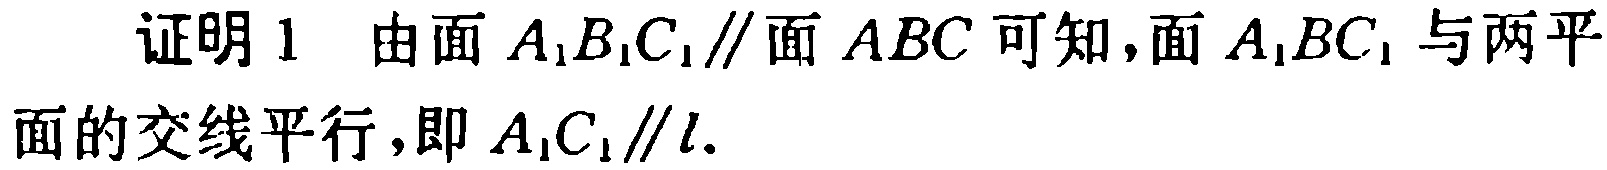
证明1 由面 \(A_{1}B_{1}C_{1}\parallel\)面 \(ABC\)可知，面 \(A_{1}BC_{1}\) 与两平面的交线平行，即 \(A_{1}C_{1}\parallel l\).